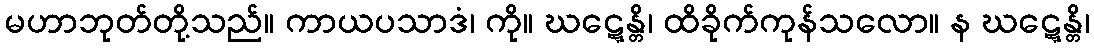
မဟာဘုတ်တို့သည်။ ကာယပသာဒံ၊ ကို။ ဃဋ္ဋေန္တိ၊ ထိခိုက်ကုန်သလော။ န ဃဋ္ဋေန္တိ၊